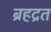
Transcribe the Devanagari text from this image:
ब्रहद्रत